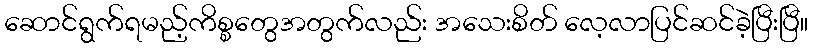
ဆောင်ရွက်ရမည့်ကိစ္စတွေအတွက်လည်း အသေးစိတ် လေ့လာပြင်ဆင်ခဲ့ပြီးပြီ။